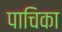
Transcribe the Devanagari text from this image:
पाचिका